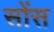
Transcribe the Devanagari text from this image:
सोंस